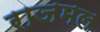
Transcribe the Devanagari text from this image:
राजमल